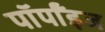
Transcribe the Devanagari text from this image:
पॉर्पॉइज